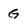
Character: G